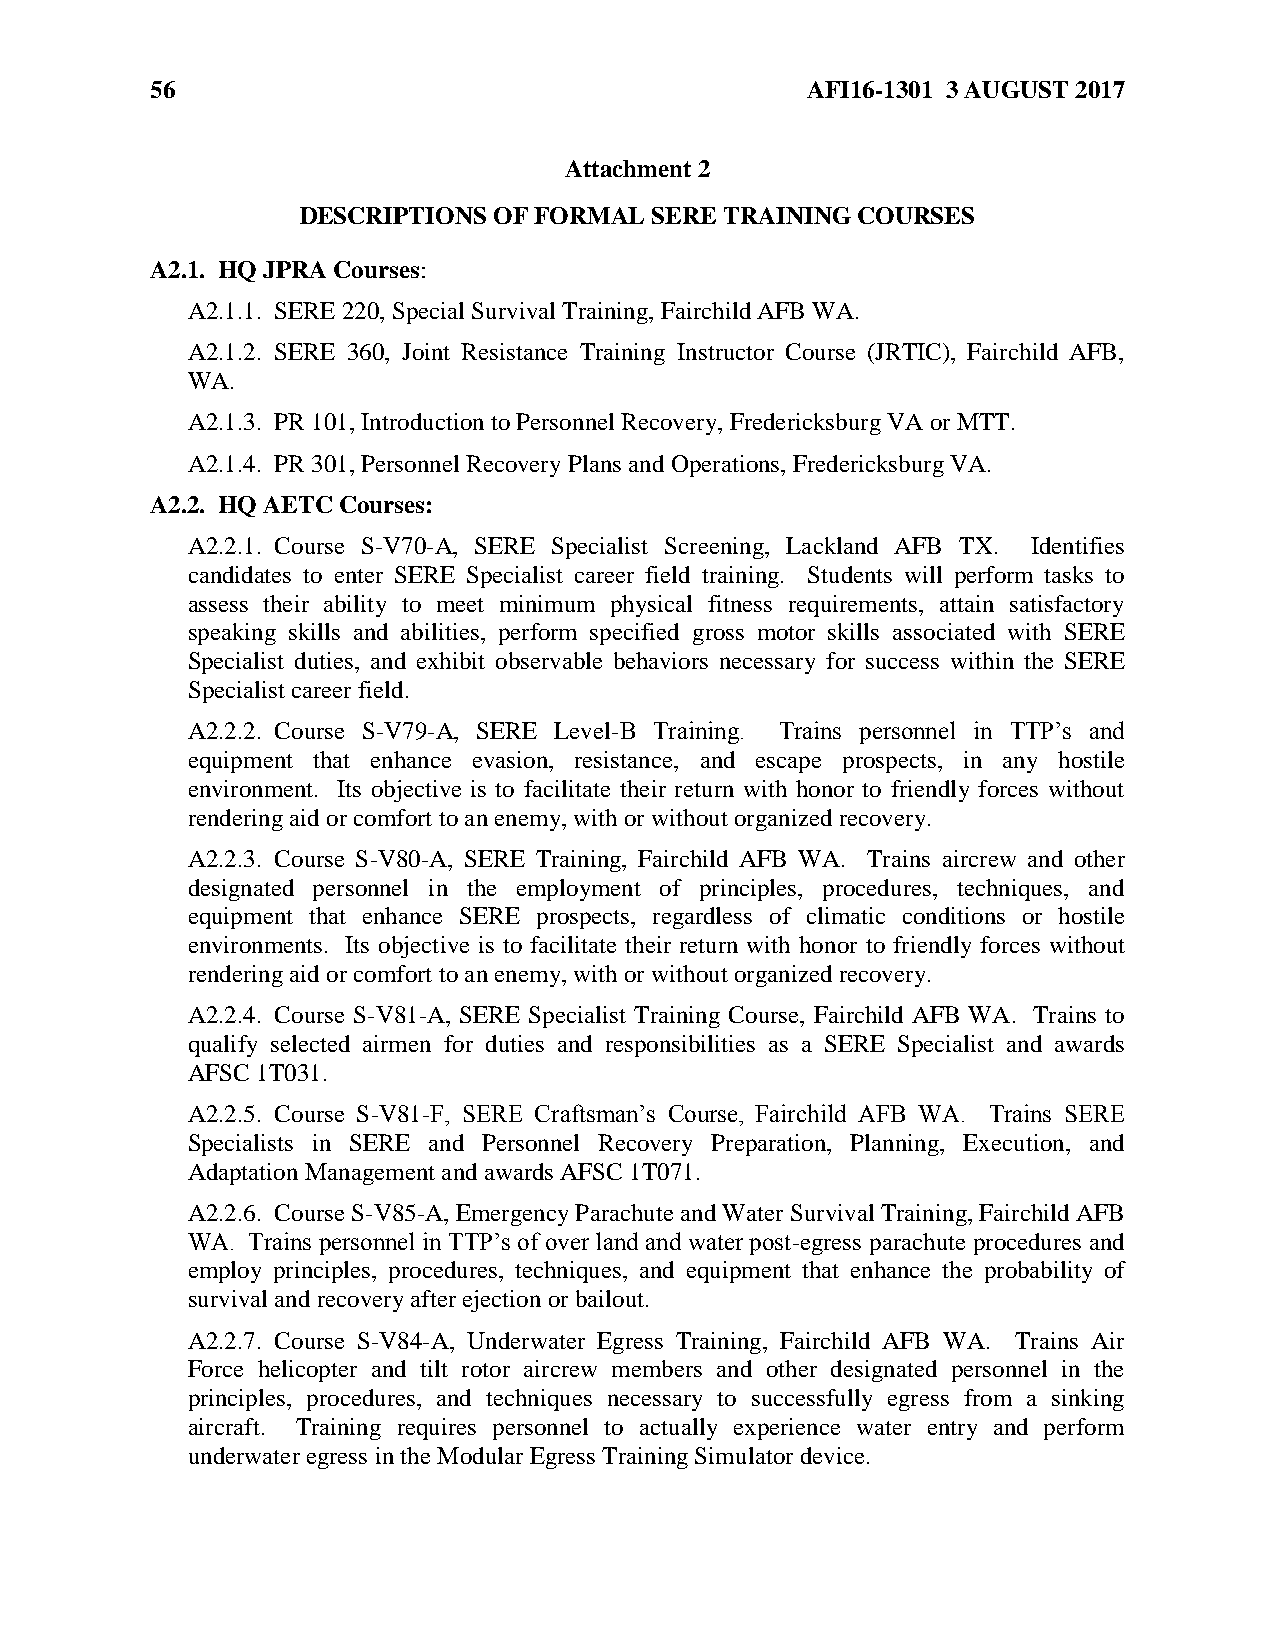
56                                         AFI16-1301 3 AUGUST 2017
 Attachment 2
 DESCRIPTIONS OF FORMAL SERE TRAINING COURSES
 A2.1. HQ JPRA Courses:
 A2.1.1. SERE 220, Special Survival Training, Fairchild AFB WA.
 A2.1.2. SERE 360, Joint Resistance Training Instructor Course (JRTIC), Fairchild AFB,
 WA.
 A2.1.3. PR 101, Introduction to Personnel Recovery, Fredericksburg VA or MTT.
 A2.1.4. PR 301, Personnel Recovery Plans and Operations, Fredericksburg VA.
 A2.2. HQ AETC Courses:
 A2.2.1. Course S-V70-A, SERE Specialist Screening, Lackland AFB TX. Identifies
 candidates to enter SERE Specialist career field training. Students will perform tasks to
 assess their ability to meet minimum physical fitness requirements, attain satisfactory
 speaking skills and abilities, perform specified gross motor skills associated with SERE
 Specialist duties, and exhibit observable behaviors necessary for success within the SERE
 Specialist career field.
 A2.2.2. Course S-V79-A, SERE Level-B Training. Trains personnel in TTP’s and
 equipment that enhance evasion, resistance, and escape prospects, in any hostile
 environment. Its objective is to facilitate their return with honor to friendly forces without
 rendering aid or comfort to an enemy, with or without organized recovery.
 A2.2.3. Course S-V80-A, SERE Training, Fairchild AFB WA. Trains aircrew and other
 designated personnel in the employment of principles, procedures, techniques, and
 equipment that enhance SERE prospects, regardless of climatic conditions or hostile
 environments. Its objective is to facilitate their return with honor to friendly forces without
 rendering aid or comfort to an enemy, with or without organized recovery.
 A2.2.4. Course S-V81-A, SERE Specialist Training Course, Fairchild AFB WA. Trains to
 qualify selected airmen for duties and responsibilities as a SERE Specialist and awards
 AFSC 1T031.
 A2.2.5. Course S-V81-F, SERE Craftsman’s Course, Fairchild AFB WA. Trains SERE
 Specialists in SERE and Personnel Recovery Preparation, Planning, Execution, and
 Adaptation Management and awards AFSC 1T071.
 A2.2.6. Course S-V85-A, Emergency Parachute and Water Survival Training, Fairchild AFB
 WA. Trains personnel in TTP’s of over land and water post-egress parachute procedures and
 employ principles, procedures, techniques, and equipment that enhance the probability of
 survival and recovery after ejection or bailout.
 A2.2.7. Course S-V84-A, Underwater Egress Training, Fairchild AFB WA. Trains Air
 Force helicopter and tilt rotor aircrew members and other designated personnel in the
 principles, procedures, and techniques necessary to successfully egress from a sinking
 aircraft. Training requires personnel to actually experience water entry and perform
 underwater egress in the Modular Egress Training Simulator device.